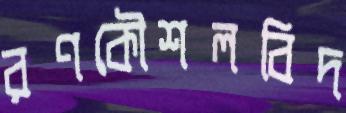
রণকৌশলবিদ